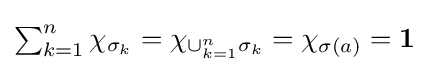
{\textstyle \sum _{k=1}^{n}\chi _{\sigma _{k}}=\chi _{\cup _{k=1}^{n}\sigma _{k}}=\chi _{\sigma (a)}={\textbf {1}}}